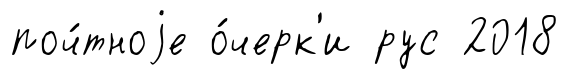
поч́тноjе о́черк'и рус 2018